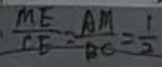
\frac { M E } { C E } = \frac { A M } { B C } = \frac { 1 } { 2 }